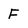
Character: F